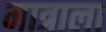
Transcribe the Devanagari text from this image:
मात्राला